system: You are a helpful assistant.
user:
Analyze the provided spectrum to determine if it is a **M-type Giant (gM)**.

A M-type Giant spectrum is defined by its **strong molecular absorption** features, particularly from **Titanium Oxide (TiO)**. You must check for one of the following mutually exclusive signatures:

- **Key Visual Indicators (Absorption-Dominated Spectrum):**

    - **(Primary):** The spectrum is dominated by strong molecular absorption from **Titanium Oxide (TiO)**. This is the **defining feature** of its M-type temperature class.
        - **(Key Bandheads):** Look for sharp, "saw-tooth" absorption valleys. The strongest are located near **~7050 Å**, **~6160 Å**, and **~5170 Å**.
        - **(Line Profile):** The "saw-tooth" morphology is critical: a **sharp, steep drop on the BLUE (short-wavelength) side** of the bandhead, followed by a gradual recovery (rising flux) towards the RED (long-wavelength) side.

    - **(Key Confirmation - Giant vs. Dwarf):** **ABSENCE** of strong **Calcium Hydride (CaH)** molecular bands. This is the primary diagnostic for *excluding* M-dwarfs.
        - **(Key Region):** The spectrum should lack the strong, broad absorption band seen in dwarfs between **~6800 Å and ~7000 Å**.

    - **(Secondary Confirmation - Giant):** A very strong and broad **Neutral Calcium (Ca I)** atomic absorption line.
        - **(Key Line):** Located at **~4226 Å**. In a giant (gM), this line is significantly deeper and broader than the same line in an M-dwarf (dM) due to low surface gravity.

    - **(Overall Spectrum):**
        - The continuum is **extremely red-sloping** (i.e., flux is very low in the blue and rises dramatically towards the red).
        - The entire spectrum appears "chopped up" by the deep TiO bands.

Think first, call **spectral_visualization_tool** if needed to examine features in detail, then provide your final answer. Your response must adhere to the following strict rules:
1.  **Overall Structure:** Your response must follow the format `<think>...</think> <tool_call>...</tool_call> (if a tool is used) <answer>...</answer>`.
2.  **Tool Usage Constraint:** You may only make **one** tool call per turn.
3.  **Final Answer Format:** In the `<answer>` tag, your conclusion must be inside a `\boxed{}` command (e.g., `\boxed{YES}` or `\boxed{NO}`), followed by your justification.

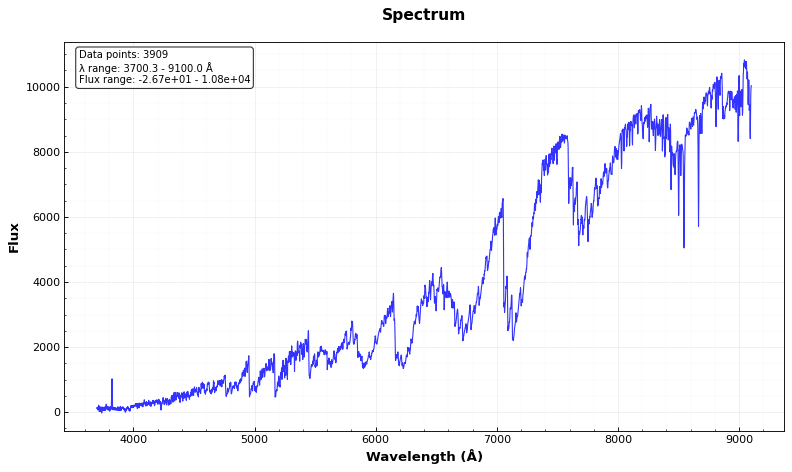
Answer: YES